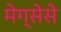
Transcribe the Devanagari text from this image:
मेग्सेसे